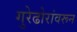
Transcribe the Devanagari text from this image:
गुरेढोरांवरून